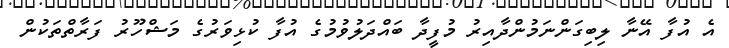
އެ އުފާ އޭނާ ލިބިގަންނަމުންދާއިރު މުފީދާ ބައްދަލުވުމުގެ އުފާ ކުޅިވަރުގެ މަޝްހޫރު ފަރާތްތަކުން